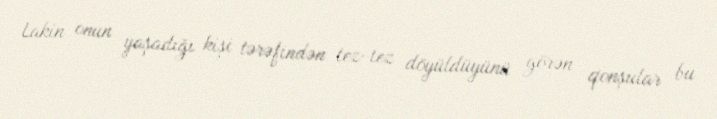
Lakin onun yaşadığı kişi tərəfindən tez-tez döyüldüyünü görən qonşular bu